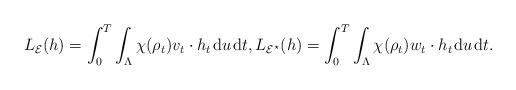
LaTeX: \begin{align*} L_\mathcal E(h) = \int_0^T \int_\Lambda \chi(\rho_t) v_t\cdot h_t \;\!\mathrm du\;\!\mathrm dt,L_{\mathcal E^\star}(h) = \int_0^T \int_\Lambda \chi(\rho_t)w_t\cdot h_t \;\!\mathrm du\;\!\mathrm dt.\end{align*}